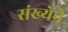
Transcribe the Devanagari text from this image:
संख्येंने